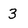
Character: 3